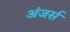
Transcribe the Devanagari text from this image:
अंजर्स